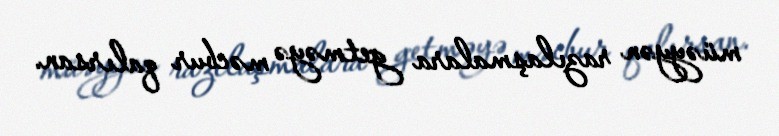
müəyyən razılaşmalara getməyə məcbur qalırsan.